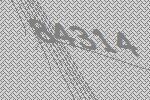
84314